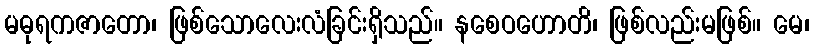
မဓုရကဇာတော၊ ဖြစ်သောလေးလံခြင်းရှိသည်။ နစေဝဟောတိ၊ ဖြစ်လည်းမဖြစ်။ မေ၊